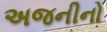
અજનીનો